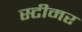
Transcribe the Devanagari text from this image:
स्‍टीमर